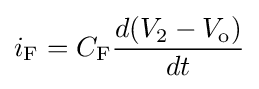
i_{\text{F}}=C_{\text{F}}{\frac {d(V_{\text{2}}-V_{\text{o}})}{dt}}